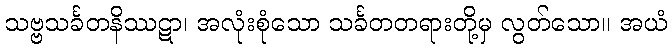
သဗ္ဗသင်္ခတနိဿဋာ၊ အလုံးစုံသော သင်္ခတတရားတို့မှ လွတ်သော။ အယံ